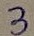
Text: 3